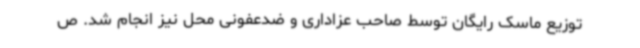
توزیع ماسک رایگان توسط صاحب عزاداری و ضدعفونی محل نیز انجام شد. ص